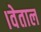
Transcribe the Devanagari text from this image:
।वेताल